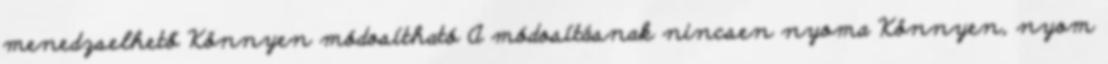
menedzselhető Könnyen módosítható A módosításnak nincsen nyoma Könnyen, nyom